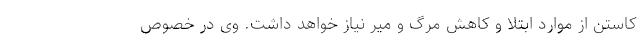
کاستن از موارد ابتلا و کاهش مرگ و میر نیاز خواهد داشت. وی در خصوص